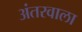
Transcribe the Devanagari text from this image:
अंतरवाला